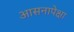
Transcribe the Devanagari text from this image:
आसनापेक्षा